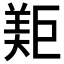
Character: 𱻐